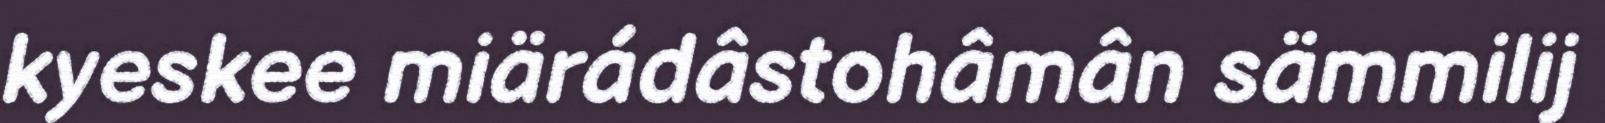
kyeskee miärádâstohâmân sämmilij